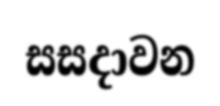
සසදාවන